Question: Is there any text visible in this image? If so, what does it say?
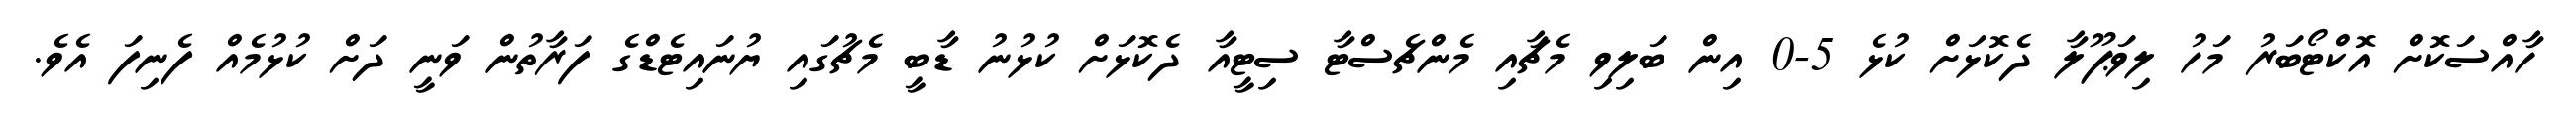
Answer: ހާއްސަކޮށް އޮކްޓޯބަރު މަހު ލިވަޕޫލާ ދެކޮޅަށް ކުޅެ 5-0 އިން ބަލިވި މެޗާއި މެންޗެސްޓާ ސިޓީއާ ދެކޮޅަށް ކުޅުނު ޑާބީ މެޗުގައި ޔުނައިޓެޑްގެ ފަރާތުން ވަނީ ދަށް ކުޅުމެއް ފެނިފަ އެވެ.